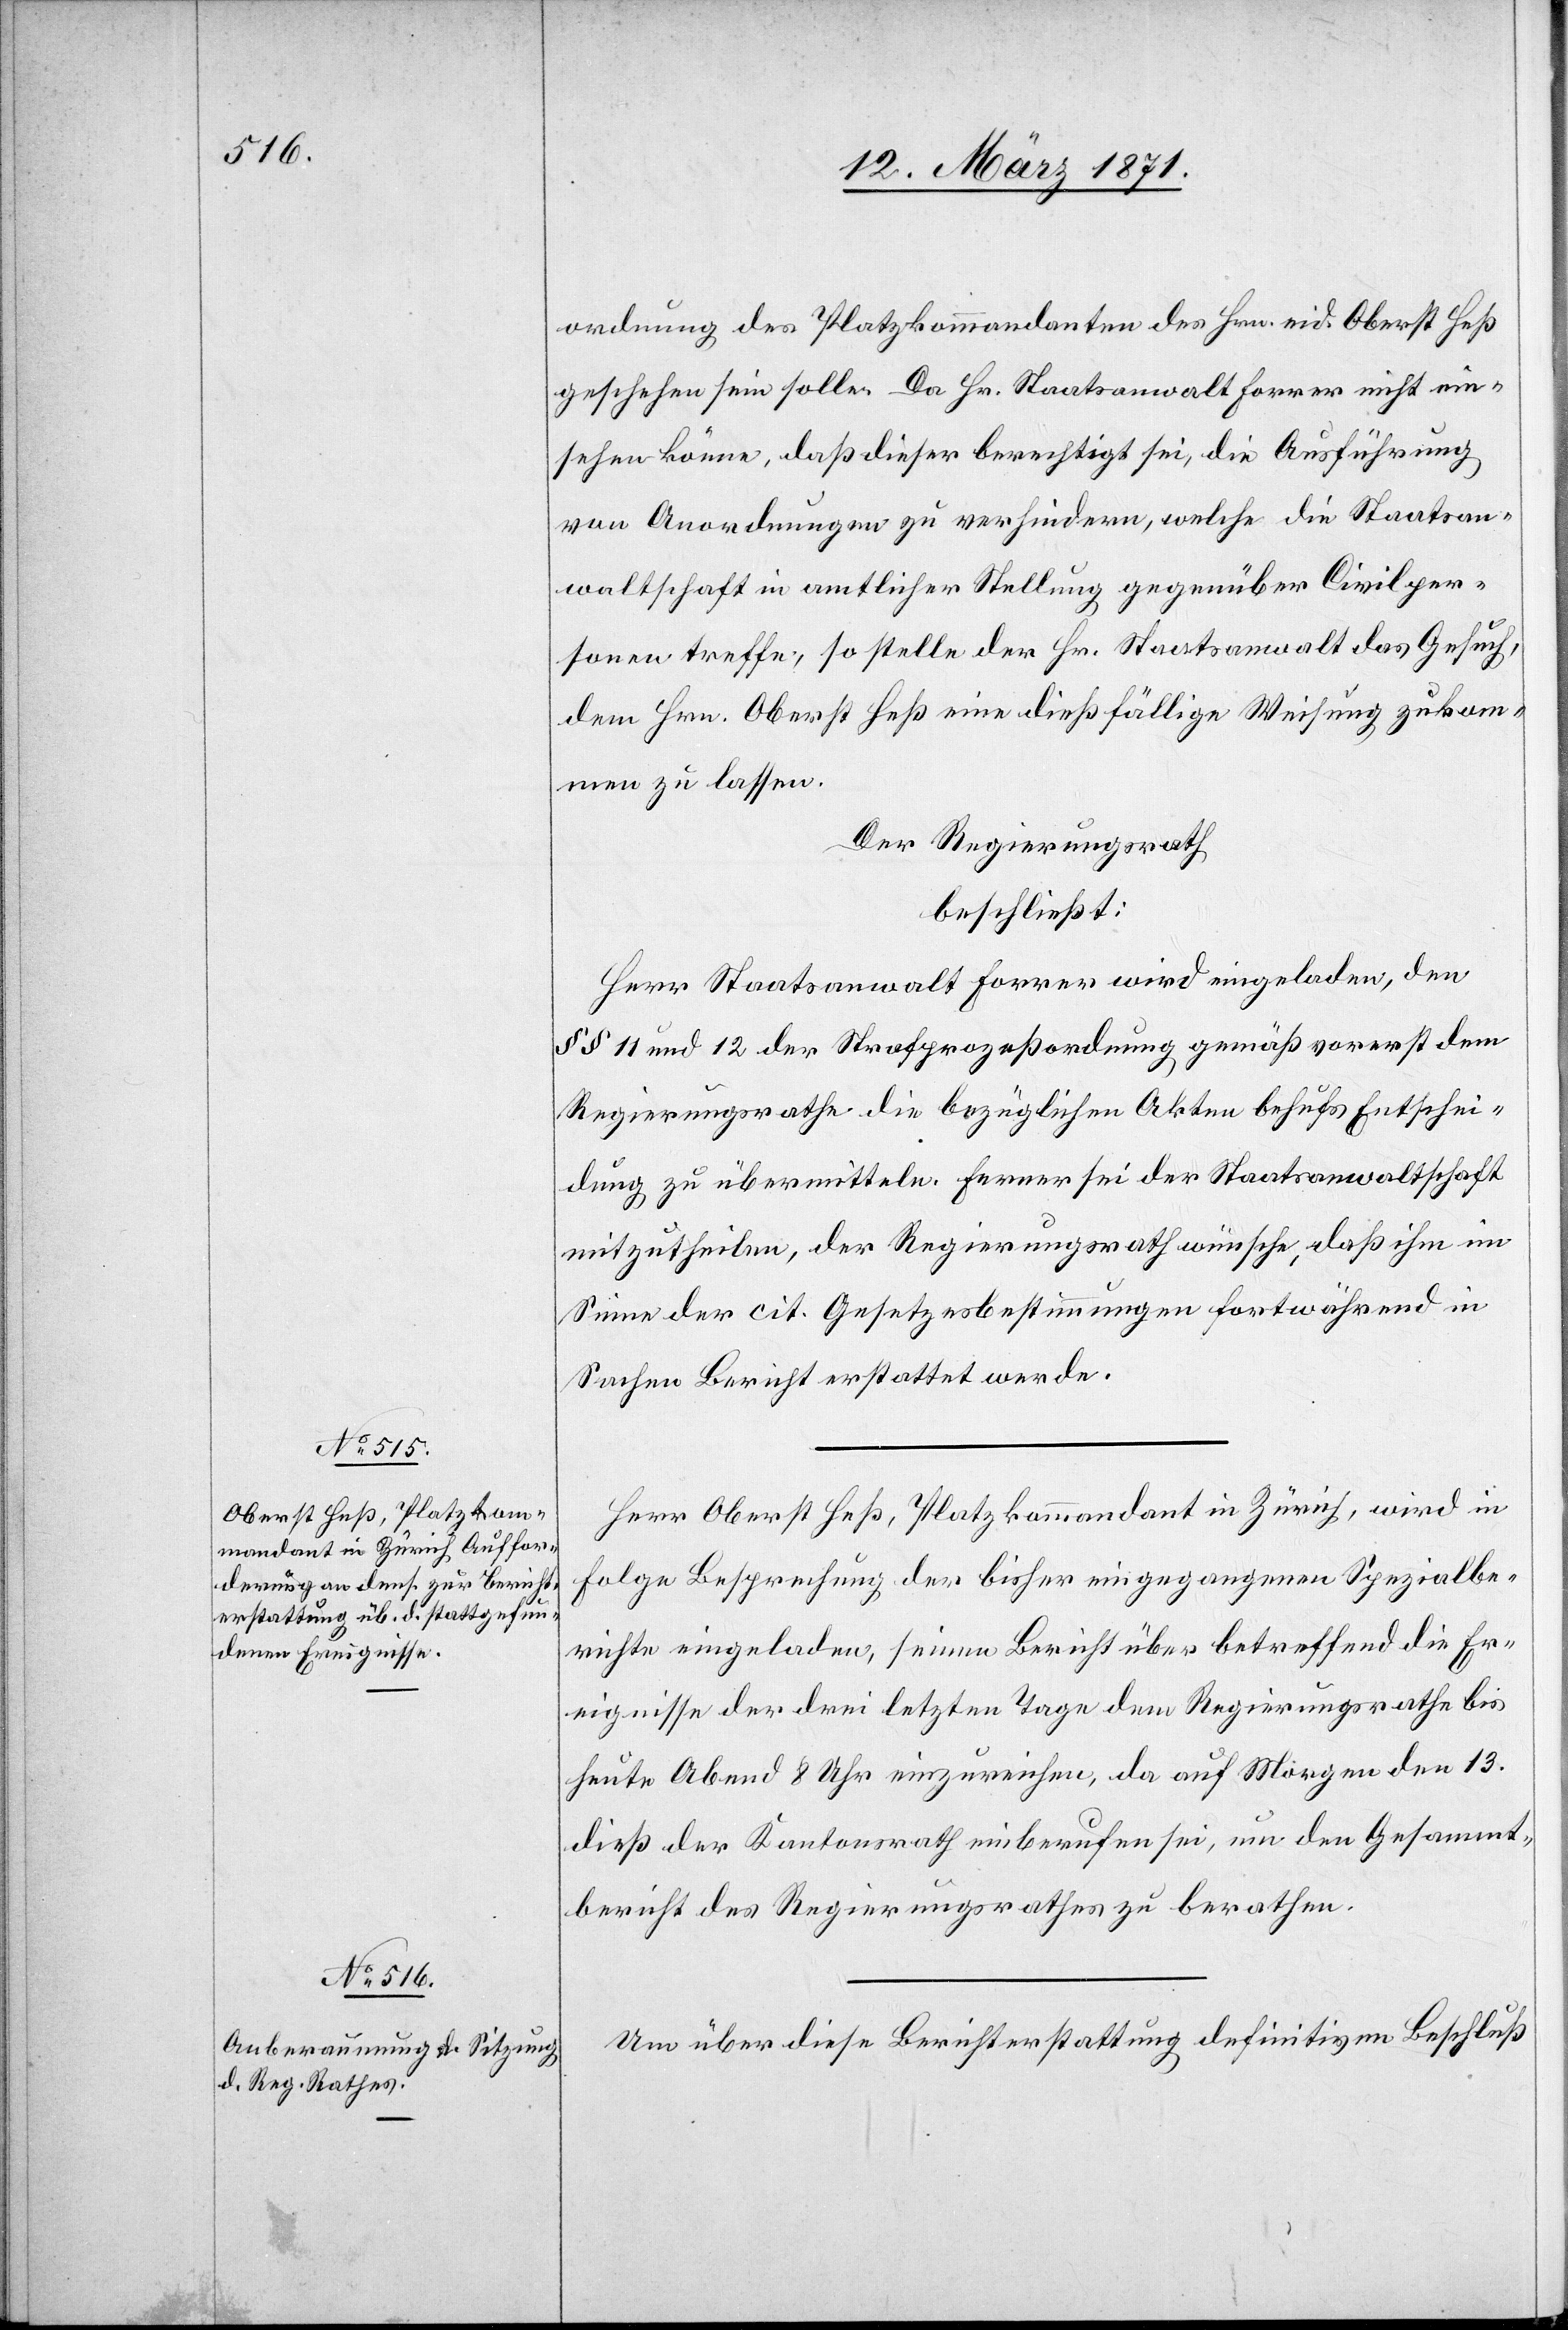
ordnung des Platzkommandanten des Hrn. eid. Oberst Heß
geschehen sein solle. Da Hr. Staatsanwalt Forrer nicht ein¬
sehen könne, daß dieser berechtigt sei, die Ausführung
von Anordnungen zu verhindern, welche die Staatsan¬
waltschaft in amtlicher Stellung gegenüber Civilper¬
sonen treffe, so stelle der Hr. Staatsanwalt das Gesuch,
dem Hrn. Oberst Heß eine dießfällige Weisung zukom¬
men zu lassen.
Der Regierungsrath
beschließt:
Herr Staatsanwalt Forrer wird eingeladen, den
§§ 11 und 12 der Strafprozeßordnung gemäß vorerst dem
Regierungsrathe die bezüglichen Akten behufs Entschei¬
dung zu übermitteln. Ferner sei der Staatsanwaltschaft
mitzutheilen, der Regierungsrath wünsche, daß ihm im
Sinne der cit. Gesetzesbestimmungen fortwährend in
Sachen Bericht erstattet werde.
Herr Oberst Heß, Platzkommandant in Zürich, wird in
Folge Besprechung der bisher eingegangenen Spezialbe¬
richte eingeladen, seinen Bericht über betreffend die Er¬
eignisse der drei letzten Tage dem Regierungsrathe bis
heute Abend 8 Uhr einzureichen, da auf Morgen den 13.
dieß der Kantonsrath einberufen sei, um den Gesammt¬
bericht des Regierungsrathes zu berathen.
Um über diese Berichterstattung definitiven Beschluß